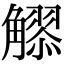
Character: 𧥂